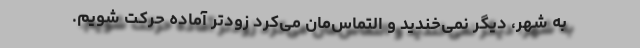
به شهر، دیگر نمی‌خندید و التماس‌مان می‌کرد زودتر آماده حرکت شویم.